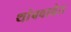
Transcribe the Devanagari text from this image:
थांबवावेत